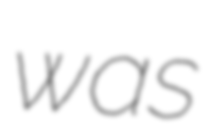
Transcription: was